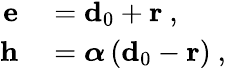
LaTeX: \begin{array}{rl}{\mathbf{e}}&{{}=\mathbf{d}_{0}+\mathbf{r}\mathrm{~,~}}\\ {\mathbf{h}}&{{}=\boldsymbol{\alpha}\left(\mathbf{d}_{0}-\mathbf{r}\right)\mathrm{~,~}}\end{array}